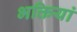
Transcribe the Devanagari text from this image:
भक्तियां